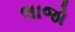
લાજો